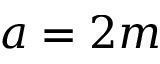
a = 2 m